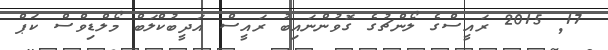
17